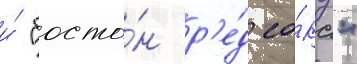
и́ "босто́н р'е́д со́кс"